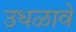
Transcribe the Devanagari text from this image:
उधळावे